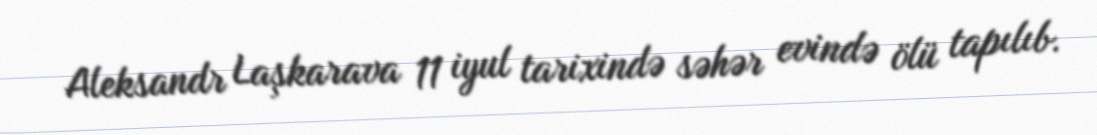
Aleksandr Laşkarava 11 iyul tarixində səhər evində ölü tapılıb.